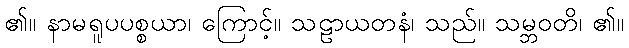
၏။ နာမရူပပစ္စယာ၊ ကြောင့်။ သဠာယတနံ၊ သည်။ သမ္ဘဝတိ၊ ၏။